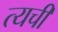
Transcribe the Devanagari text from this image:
त्यची